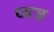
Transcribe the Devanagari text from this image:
ध्वज़